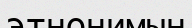
этнонимын